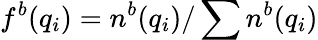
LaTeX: f^{b}(q_{i})=n^{b}(q_{i})/\sum n^{b}(q_{i})